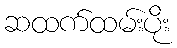
ဆထက်ထမ်းပိုး